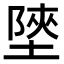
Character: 𡎶